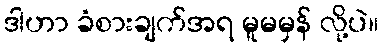
ဒါဟာ ခံစားချက်အရ မူမမှန် လို့ပဲ။